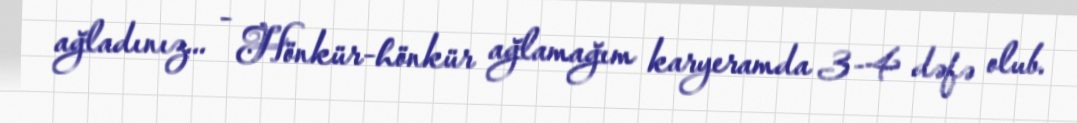
ağladınız... - Hönkür-hönkür ağlamağım karyeramda 3-4 dəfə olub.